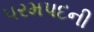
પરમપદની